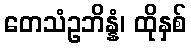
တေသံဥဘိန္နံ၊ ထိုနှစ်